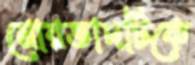
মোরতাদটিকে